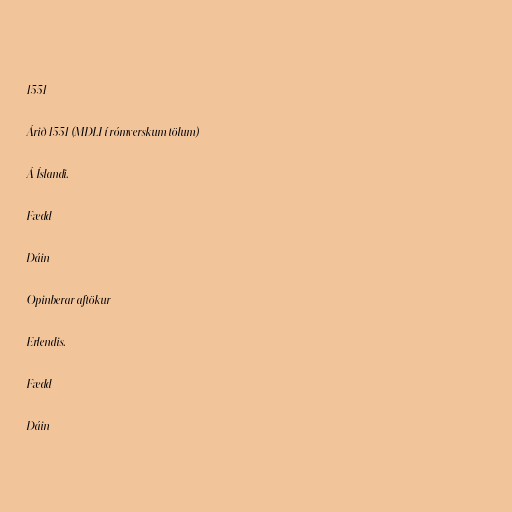
1551

Árið 1551 (MDLI í rómverskum tölum)

Á Íslandi.

Fædd

Dáin

Opinberar aftökur

Erlendis.

Fædd

Dáin